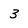
Character: 3